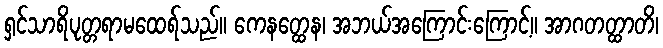
ရှင်သာရိပုတ္တရာမထေရ်သည်။ ကေနတ္ထေန၊ အဘယ်အကြောင်းကြောင့်။ အာဂတတ္ထာတိ၊